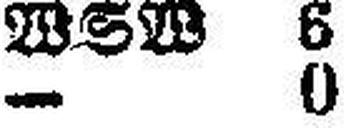
— 0